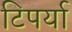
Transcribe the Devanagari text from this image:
टिपर्या